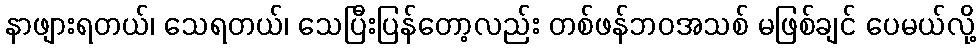
နာဖျားရတယ်၊ သေရတယ်၊ သေပြီးပြန်တော့လည်း တစ်ဖန်ဘဝအသစ် မဖြစ်ချင် ပေမယ်လို့